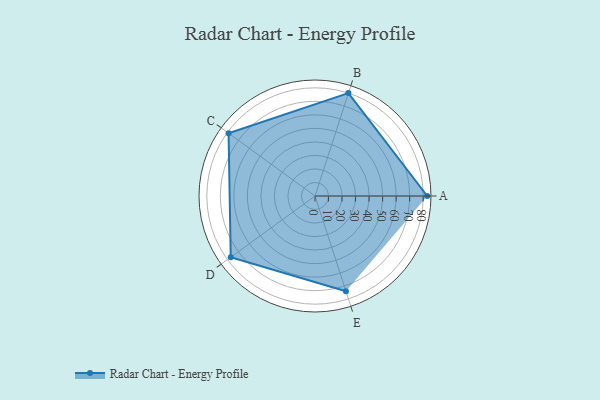
{"axis": {"x": "Skill", "y": "Score"}, "legend": ["Profile"], "data": [{"x": "A", "y": 83.0, "type": "Profile"}, {"x": "B", "y": 80.0, "type": "Profile"}, {"x": "C", "y": 79.0, "type": "Profile"}, {"x": "D", "y": 77.0, "type": "Profile"}, {"x": "E", "y": 74.0, "type": "Profile"}]}